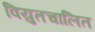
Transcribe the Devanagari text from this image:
वियुतचालित